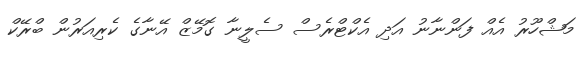
މަޝްހޫރު އެއް ފަންނާނު އަދި އެކްޓްރެސް ސެލީނާ ގޮމޭޒް އޭނާގެ ކެރިއަރުން ބްރޭކް